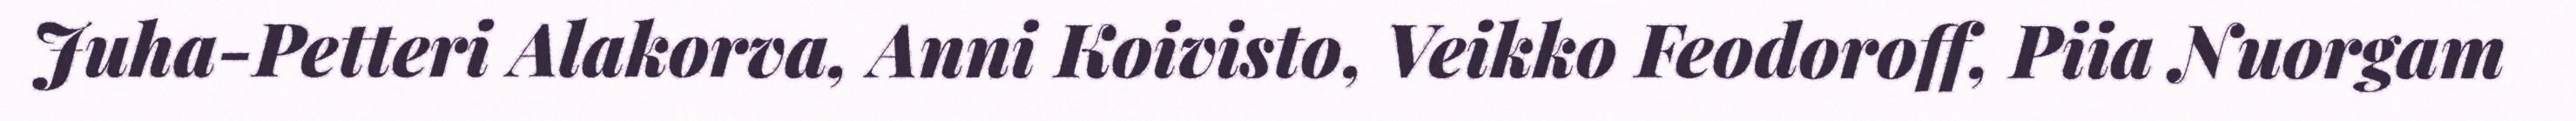
Juha-Petteri Alakorva, Anni Koivisto, Veikko Feodoroff, Piia Nuorgam